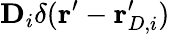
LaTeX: \mathbf{D}_{i}\delta(\mathbf{r}^{\prime}-\mathbf{r}_{D,i}^{\prime})